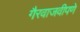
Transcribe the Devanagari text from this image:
गैरवाजवीपणे